Civil Veterinary Department. Central Provinces & Berar 1925-31 - 1925-1931
Year: 1925
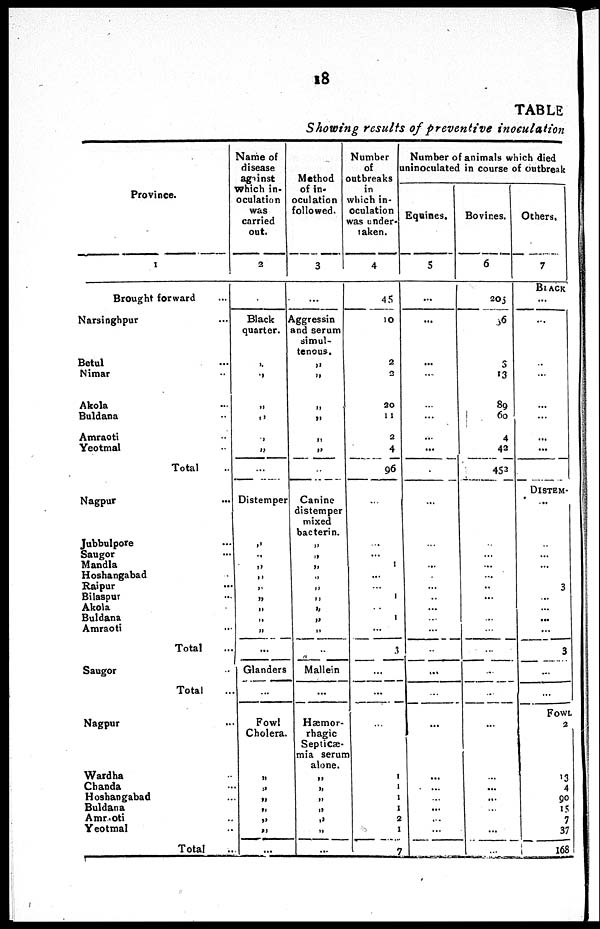
18
TABLE
Showing results of preventive
inoculation
Province.
1
Brought forward ...
Narsinghpur ...
Betul ...
Nimar ...
Akola ...
Buldana ...
Amraoti ...
Yeotmal ...
Total
Nagpur ...
Jubbulpore ...
Saugor ...
Mandla
Hoshaogabad
Raipur ...
Bilaspur ...
Akola ...
Buldana ...
Amraoti ...
Total
Saugor ...
Total
Nagpur ...
Wardha ...
Chanda ...
Hoshangabad ...
Buldana ...
Amroti ...
Yeotmal ...
Total
Name of
disease
against
which in-
oculation
was
carried
out.
2
Black
quarter.
...
„
„
„
„
„
...
Distemper
„
„
„
„
„
„
„
„
...
Glanders
...
Fowl
Cholera.
„
„
„
„
„
„
...
Method
of in-
oculation
followed.
3
...
Aggressin
and serum
simul-
tenous.
„
„
„
„
„
„
...
Canine
distemper
mixed
bacterin.
„
„
„
„
„
„
„
„
„
..
Mallein
...
Hæmor-
rhagic
Septicæ-
mia serum
alone.
„
„
„
„
„
„
...
Number
of
outbreaks
in
which in-
oculation
was under-
taken.
4
45
10
2
2
20
11
2
4
96
...
... ... 1
...
...
1
...
1
...
3
...
...
...
1
1
1
1
2
1
7
Number of animals which died
uinoculated in course of outbreak
Equines.
5
...
...
...
...
...
...
...
...
...
...
...
...
...
...
...
...
...
...
...
...
...
...
...
...
...
...
...
...
...
Bovices.
6
203
36
5
13
89
60
4
43
452
...
...
...
...
..
...
...
...
...
...
...
...
...
...
...
...
...
...
...
Others.
7
BLACK
...
...
...
...
...
...
...
...
DISTEM-
...
...
...
...
3
...
...
...
...
3
...
...
Fowl
2
13
4
90
15
7
37
168